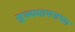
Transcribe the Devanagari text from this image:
मुल्यमापनाच्या